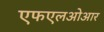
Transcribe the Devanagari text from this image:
एफएलओआर